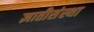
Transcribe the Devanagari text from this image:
ज्ञातीसंस्था